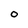
Character: O